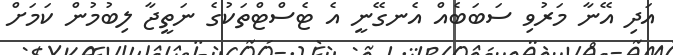
އަދި އޭނާ މަރުވި ސަބަބެއް އެނގޭނީ އެ ޓެސްޓްތަކުގެ ނަތީޖާ ލިބުމުން ކަމަށް